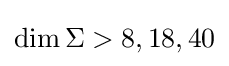
\dim \Sigma >8,18,40